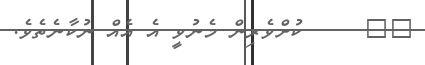
٣٨     ކުށްވެރިން މެނުވީ އެ އެއް ނުކާނެތެވެ.